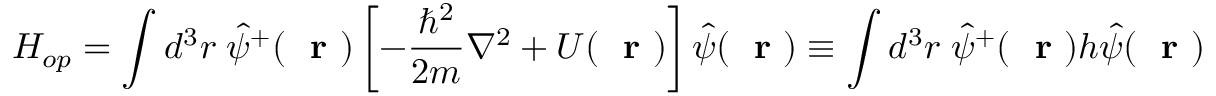
H _ { o p } = \int d ^ { 3 } r \; \hat { \psi } ^ { + } ( \mathrm { ~ \bf ~ r ~ } ) \left[ - \frac { \hbar ^ { 2 } } { 2 m } \nabla ^ { 2 } + U ( \mathrm { ~ \bf ~ r ~ } ) \right] \hat { \psi } ( \mathrm { ~ \bf ~ r ~ } ) \equiv \int d ^ { 3 } r \; \hat { \psi } ^ { + } ( \mathrm { ~ \bf ~ r ~ } ) h \hat { \psi } ( \mathrm { ~ \bf ~ r ~ } )